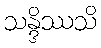
သန္ဒိဿသိ